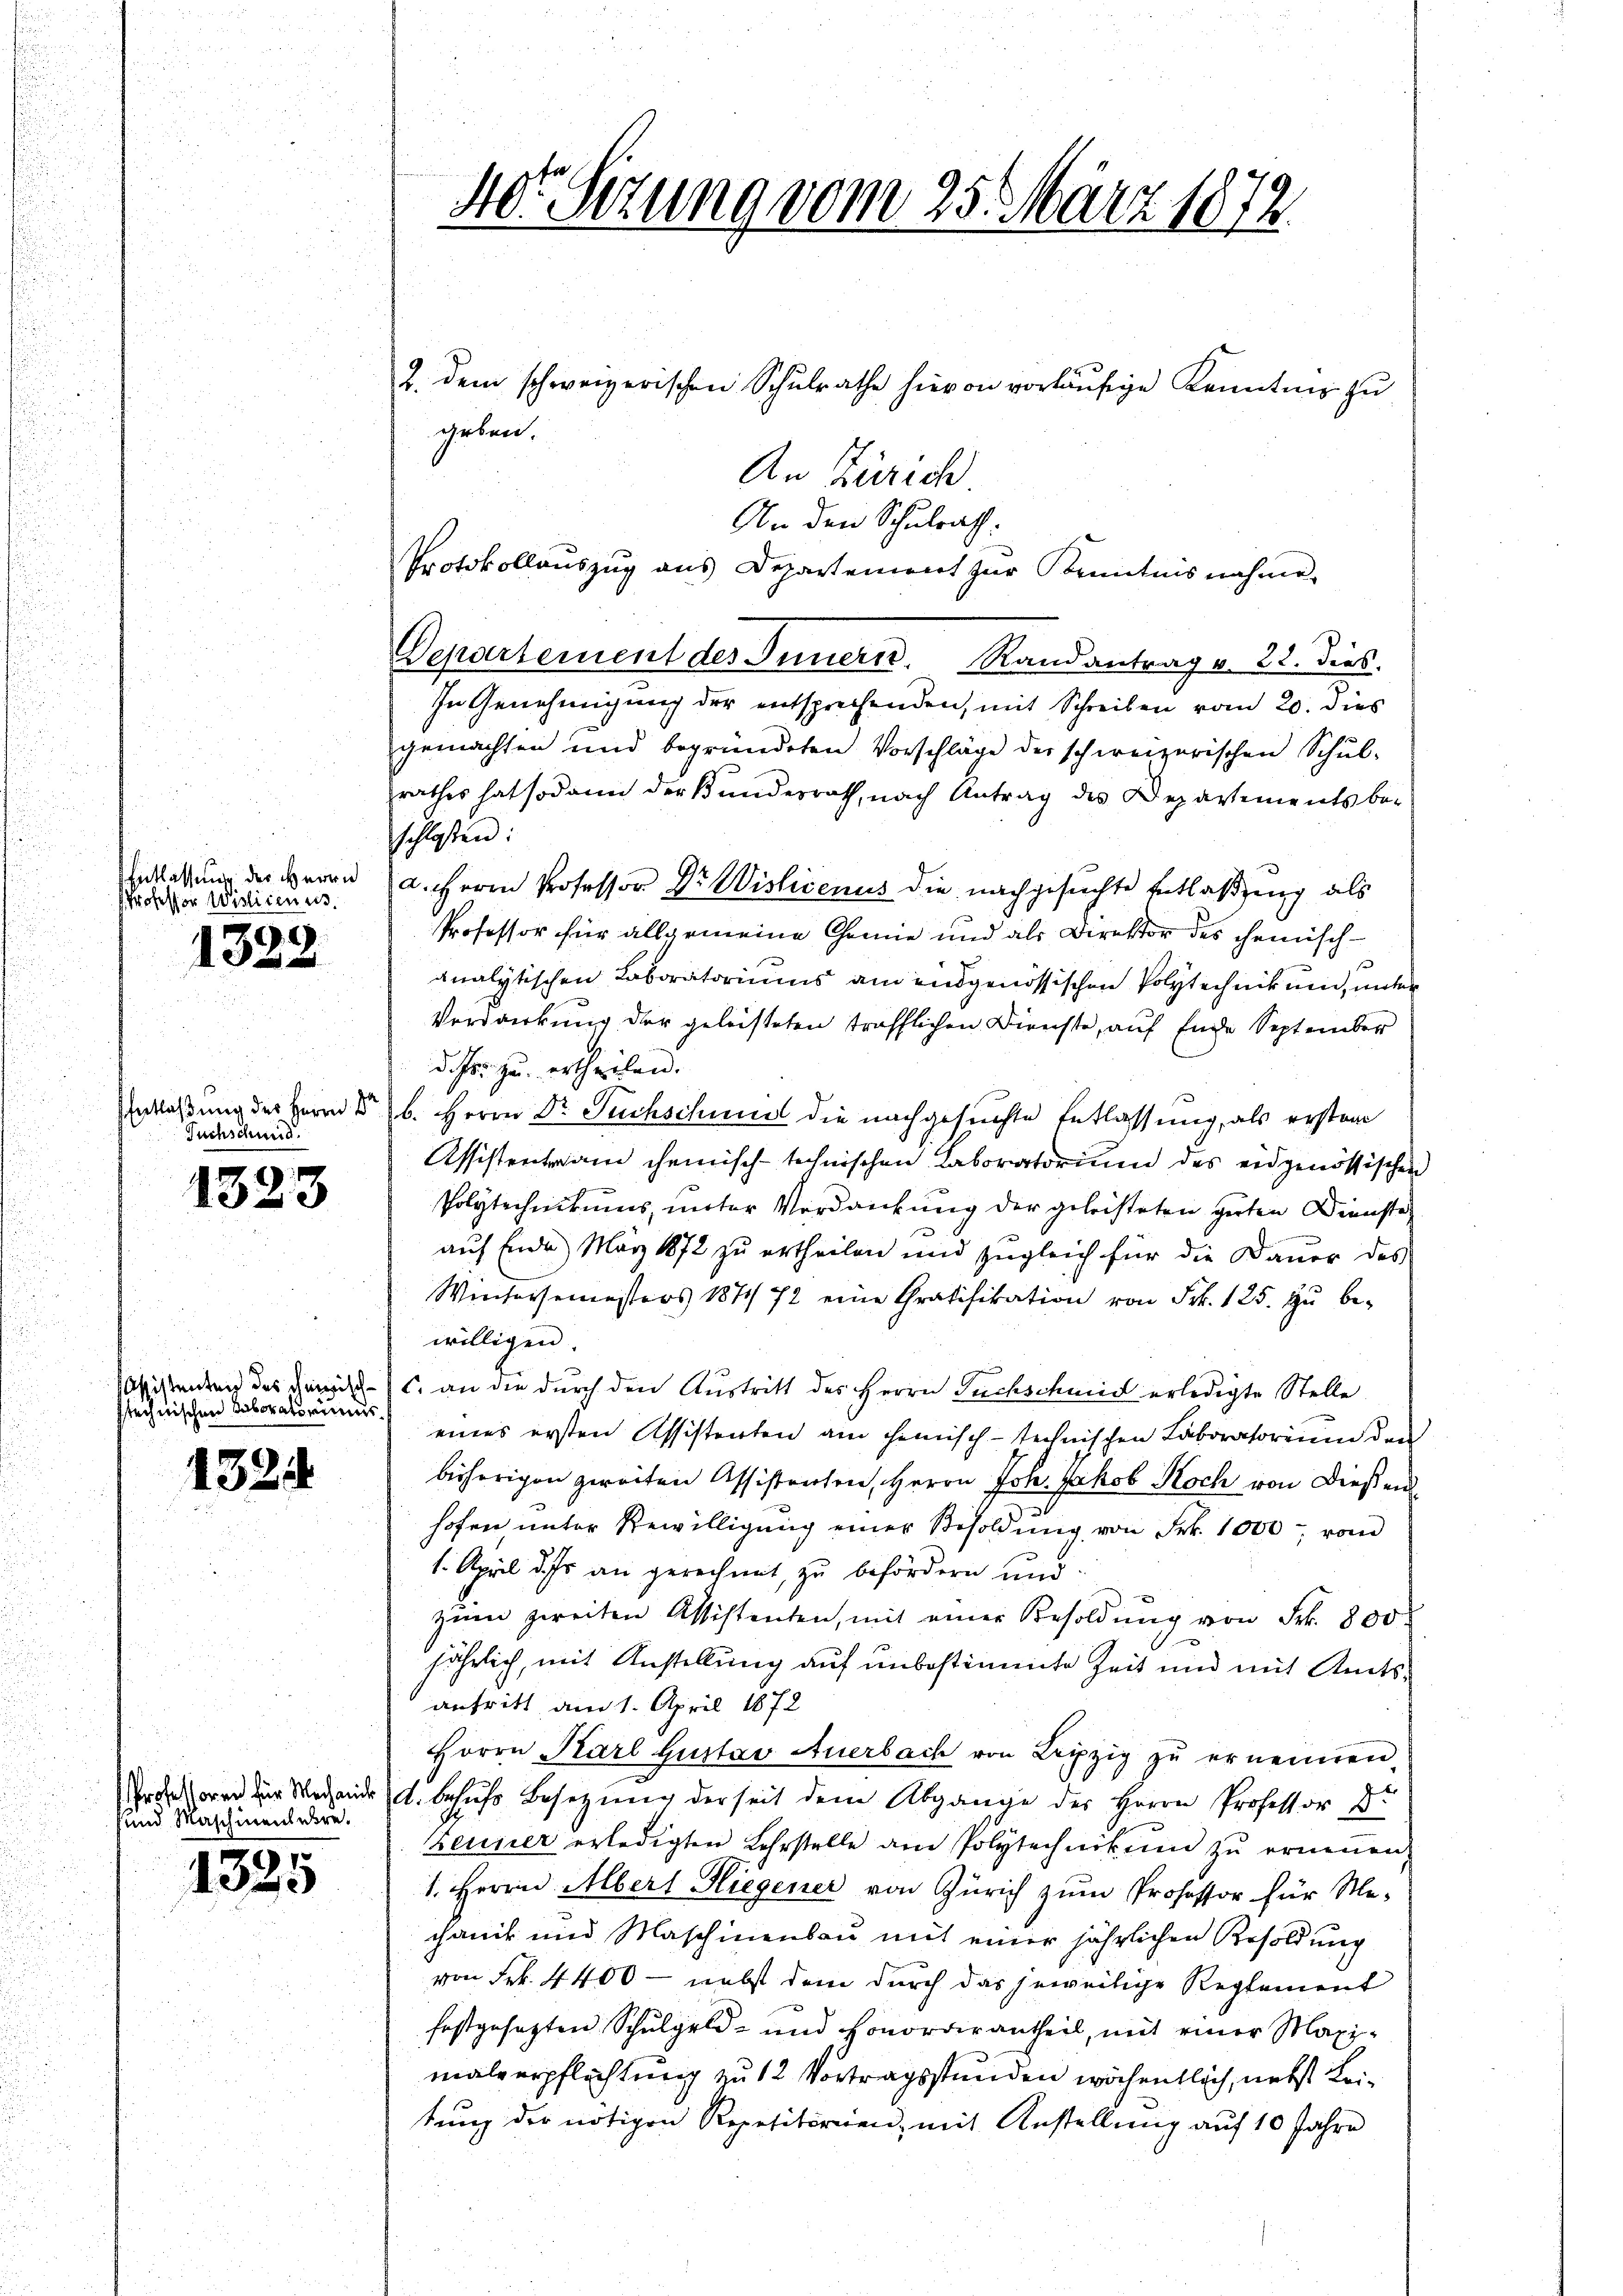
Entlassung des Herrn
Professor Wislicenus.

.
35

EEntlaßung der Herrn Pr
Fuchschung.

138

Passistenten des chinischstechnischen Taboratoriums

13211

3

und Maschinensabre.

97
33

2. dem schweizerischen Schŭlrathe hievon vorläŭfige Kenntnis zŭ
An Zürich
An den Schulrath
Protokollauszug aus Departement zur Kenntnisnahme.
Departement des Innern. Randantrag v. 22. Dies
In Genehmigung der entsprechenden, mit Schreiben vom 20. dies
gemachten und begründeten Vorschläge der schweizerischen Schul-
rathes hat sodann der Kunderrath, nach Antrag des Departements be-
schlossen:
a. Herrn Professor Dr Wislivenus die nachgesuchte Entlaßung als
Professor für allgemeine Chemie und als Direktor des chemisch-
analytischen Laboratoriums am eidgenössischen Polytechnikum, unter
Verdankung der geleisteten trafflichen Direchte, auf Ende September
dihr zu ertheilen.
b. Herrn Dr. Fuchschund die nachgesuchte Entlassung, als erstan
Assistentrain chemisch-technischen Laboratorium des eidgenössischen
Polytechnikums, unter Verdankung der geleisteten guten Dienste
auf Ende März 1872 zu ertheilen und zugleich für die Dauer des
Wintersemesters 18772 eine Gratifikation von Frk. 125. zu bewilligen.
c. an die durch den Austritt des Herrn Fuchschmid erledigte Stelle
eines ersten Assistenten am hemisch-technischen Laboratorium den
bisherigen zweiten Assistraten, Herrn Joh. Jakob Koch von Dießend
.
hofen unter Bewilligung einer Besoldung von Frk. 1000 von
1. April des an gerechnet, zu befördern und
zŭm zweiten Assistenten, mit einer Besoldŭng von Frk. 800.
jährlich, mit Anstellung auf unbestimmte Zeit und mit Amtsantritt am 1. April 1872
Herrn Karl Gustav Anerbach von Leipzig zu ernennen.
Andern zur Weisende d. behufs Besetzung derseit dem Abgange des Herrn Professor D.
Zeuner erledigten Lehrstelle am Polytechnikum zu ernennen,
1. Herrn Albert Hiegener von Zürich zum Professor für Me-
chanik und Maschinenbau mit einer jährlichen Resoldung
von Frk. 4400 — nebst dem durch das jeweilige Reglement
festgesetzten Schulgeld- und Honordirantheil, mit einer Maxi-
malverpflichtung zu 12 Vortragsstunden wöchentlich, nebst Leitung der nötigen Repetitorien, mit Anstellung auf 10 Jahre

40r Sitzung vom 25. März 1872.

geben.